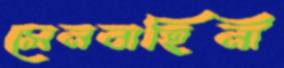
সেনবাহিনী